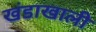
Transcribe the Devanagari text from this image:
खंडाखाली